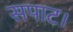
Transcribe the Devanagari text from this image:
सपाट।